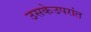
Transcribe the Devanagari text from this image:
उसकेउपरांत